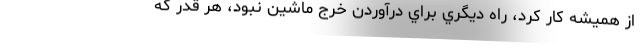
از هميشه كار كرد، راه ديگري براي درآوردن خرج ماشين نبود، هر قدر كه